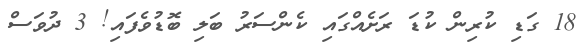
18 ގަޑި ކުރިން ކުޑަ ރަށެއްގައި ކެންސަރު ބަލި ބޮޑުވެފައި! 3 ދުވަސް